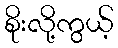
စိုးလို့ကွယ့်